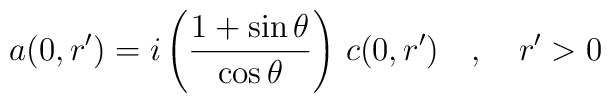
a(0,r^\prime)=i\left(\frac{1+\sin\theta}{\cos\theta}\right)\,c(0,r^\prime)\quad ,\quad r^\prime >0